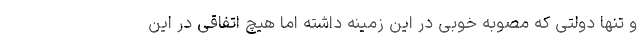
و تنها دولتی که مصوبه خوبی در این زمینه داشته اما هیچ اتفاقی در این